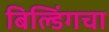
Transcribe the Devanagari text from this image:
बिल्डिंगचा